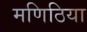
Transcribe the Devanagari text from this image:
मणिठिया